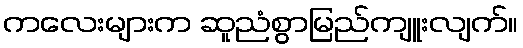
ကလေးများက ဆူညံစွာမြည်ကျူးလျက်။